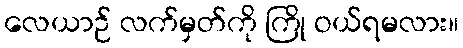
လေယာဉ် လက်မှတ်ကို ကြို ဝယ်ရမလား။